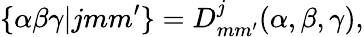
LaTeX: \{ \alpha\beta\gamma|jmm^{\prime}\} =D_{mm^{\prime}}^{j}(\alpha,\beta,\gamma),